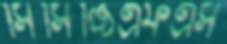
সিসিজিএফএস